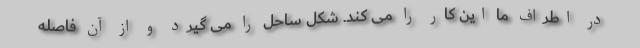
در اطراف ما این کار را می کند. شکل ساحل را می گیرد و از آن فاصله